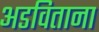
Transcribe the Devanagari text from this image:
अडविताना